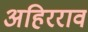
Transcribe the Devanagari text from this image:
अहिरराव